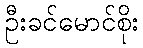
ဦးခင်မောင်စိုး